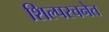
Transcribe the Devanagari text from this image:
शिल्परचनेत